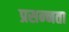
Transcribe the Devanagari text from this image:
प्रसन्‍नता